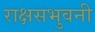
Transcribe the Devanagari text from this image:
राक्षसभुवनी